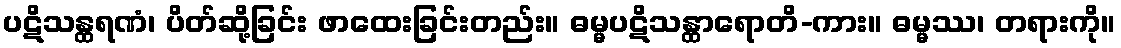
ပဋိသန္ထရဏံ၊ ပိတ်ဆို့ခြင်း ဖာထေးခြင်းတည်း။ ဓမ္မပဋိသန္ထာရောတိ-ကား။ ဓမ္မဿ၊ တရားကို။